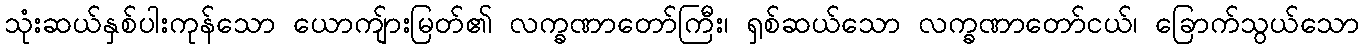
သုံးဆယ်နှစ်ပါးကုန်သော ယောကျ်ားမြတ်၏ လက္ခဏာတော်ကြီး၊ ရှစ်ဆယ်သော လက္ခဏာတော်ငယ်၊ ခြောက်သွယ်သော